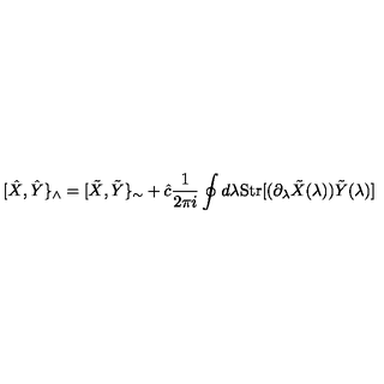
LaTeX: [ \hat { X } , \hat { Y } \} _ { \wedge } = [ \tilde { X } , \tilde { Y } \} _ { \sim } + \hat { c } \frac { 1 } { 2 \pi i } \oint d \lambda \mathrm { S t r } [ ( \partial _ { \lambda } \tilde { X } ( \lambda ) ) \tilde { Y } ( \lambda ) ]